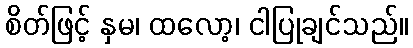
စိတ်ဖြင့် နှမ၊ ထလော့၊ ငါပြုချင်သည်။